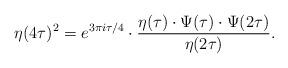
LaTeX: \begin{align*}\eta(4\tau)^2=e^{3\pi i\tau/4}\cdot\dfrac{\eta(\tau)\cdot\Psi(\tau)\cdot\Psi(2\tau)}{\eta(2\tau)}.\end{align*}